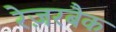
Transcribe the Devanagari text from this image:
रेज़रबैक